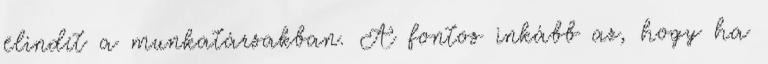
elindít a munkatársakban. A fontos inkább az, hogy ha